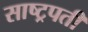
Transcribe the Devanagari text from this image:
साष्ट्रपती